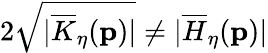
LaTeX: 2\sqrt{\vert\overline{{K}}_{\eta}(\mathbf{p})\vert}\neq\vert\overline{{H}}_{\eta}(\mathbf{p})\vert